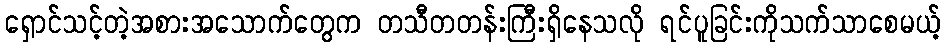
ရှောင်သင့်တဲ့အစားအသောက်တွေက တသီတတန်းကြီးရှိနေသလို ရင်ပူခြင်းကိုသက်သာစေမယ့်